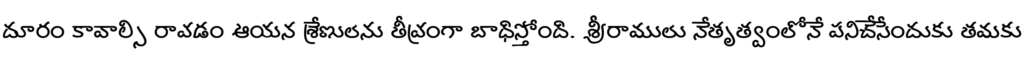
దూరం కావాల్సి రావడం ఆయన శ్రేణులను తీవ్రంగా బాధిస్తోంది. శ్రీరాములు నేతృత్వంలోనే పనిచేసేందుకు తమకు